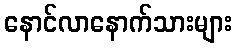
နောင်လာနောက်သားများ